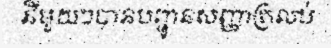
នីមួយៗបានបញ្ជូនសញ្ញាត្រលប់